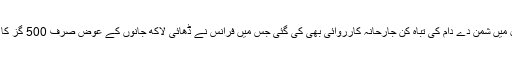
اسی سال اپریل میں شمن دے دام کی تباہ کن جارحانہ کارروائی بھی کی گئی جس میں فرانس نے ڈھائی لاکھ جانوں کے عوض صرف 500 گز کا علاقہ فتح کیا۔